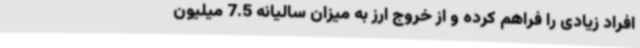
افراد زیادی را فراهم کرده و از خروج ارز به میزان سالیانه 7.5 میلیون